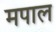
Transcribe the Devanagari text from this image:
मपाल